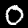
Label: 0